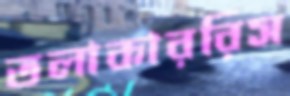
তলাকাররিস